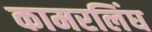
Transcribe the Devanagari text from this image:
कामरलिंघ